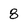
Character: 8